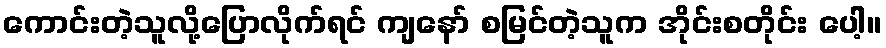
ကောင်းတဲ့သူလို့ပြောလိုက်ရင် ကျနော် စမြင်တဲ့သူက အိုင်းစတိုင်း ပေါ့။